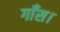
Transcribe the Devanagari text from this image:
गाँस।